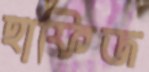
হাফিজ